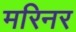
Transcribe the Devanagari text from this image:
मरिनर